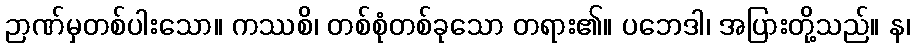
ဉာဏ်မှတစ်ပါးသော။ ကဿစိ၊ တစ်စုံတစ်ခုသော တရား၏။ ပဘေဒါ၊ အပြားတို့သည်။ န၊